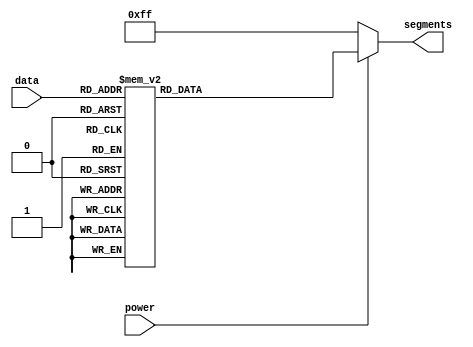
`timescale 1ns / 1ps

module seven_seg_dec(
    input               power,
	input [4:0]         data,
    output reg [7:0]    segments
);

	always @(data) begin
        if (power == 1) begin
            case(data)
    			                     // abc_defg_dp
                5'b00000: segments = 8'b000_0001_1; // 0
                5'b00001: segments = 8'b100_1111_1; // 1
                5'b00010: segments = 8'b001_0010_1; // 2
                5'b00011: segments = 8'b000_0110_1; // 3
                5'b00100: segments = 8'b100_1100_1; // 4
                5'b00101: segments = 8'b010_0100_1; // 5
                5'b00110: segments = 8'b010_0000_1; // 6
                5'b00111: segments = 8'b000_1111_1; // 7
                5'b01000: segments = 8'b000_0000_1; // 8
                5'b01001: segments = 8'b000_1100_1; // 9

                5'b10000: segments = 8'b000_0001_0; // 0.
                5'b10001: segments = 8'b100_1111_0; // 1.
                5'b10010: segments = 8'b001_0010_0; // 2.
                5'b10011: segments = 8'b000_0110_0; // 3.
                5'b10100: segments = 8'b100_1100_0; // 4.
                5'b10101: segments = 8'b010_0100_0; // 5.
                5'b10110: segments = 8'b010_0000_0; // 6.
                5'b10111: segments = 8'b000_1111_0; // 7.
                5'b11000: segments = 8'b000_0000_0; // 8.
                5'b11001: segments = 8'b000_1100_0; // 9.

                5'b01010: segments = 8'b100_1000_1; // H
                5'b01011: segments = 8'b011_0000_1; // E
                5'b01100: segments = 8'b111_0001_1; // L
                5'b01101: segments = 8'b000_0001_1; // O

                default:  segments = 8'b111_1111_1;
            endcase
        end
        else begin
            segments = 8'b111_1111_1;
        end
    end

endmodule